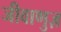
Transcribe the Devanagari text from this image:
जीवाणुज़